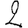
Digit: 2